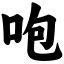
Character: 咆